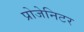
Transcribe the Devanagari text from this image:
प्रोजेनिटर